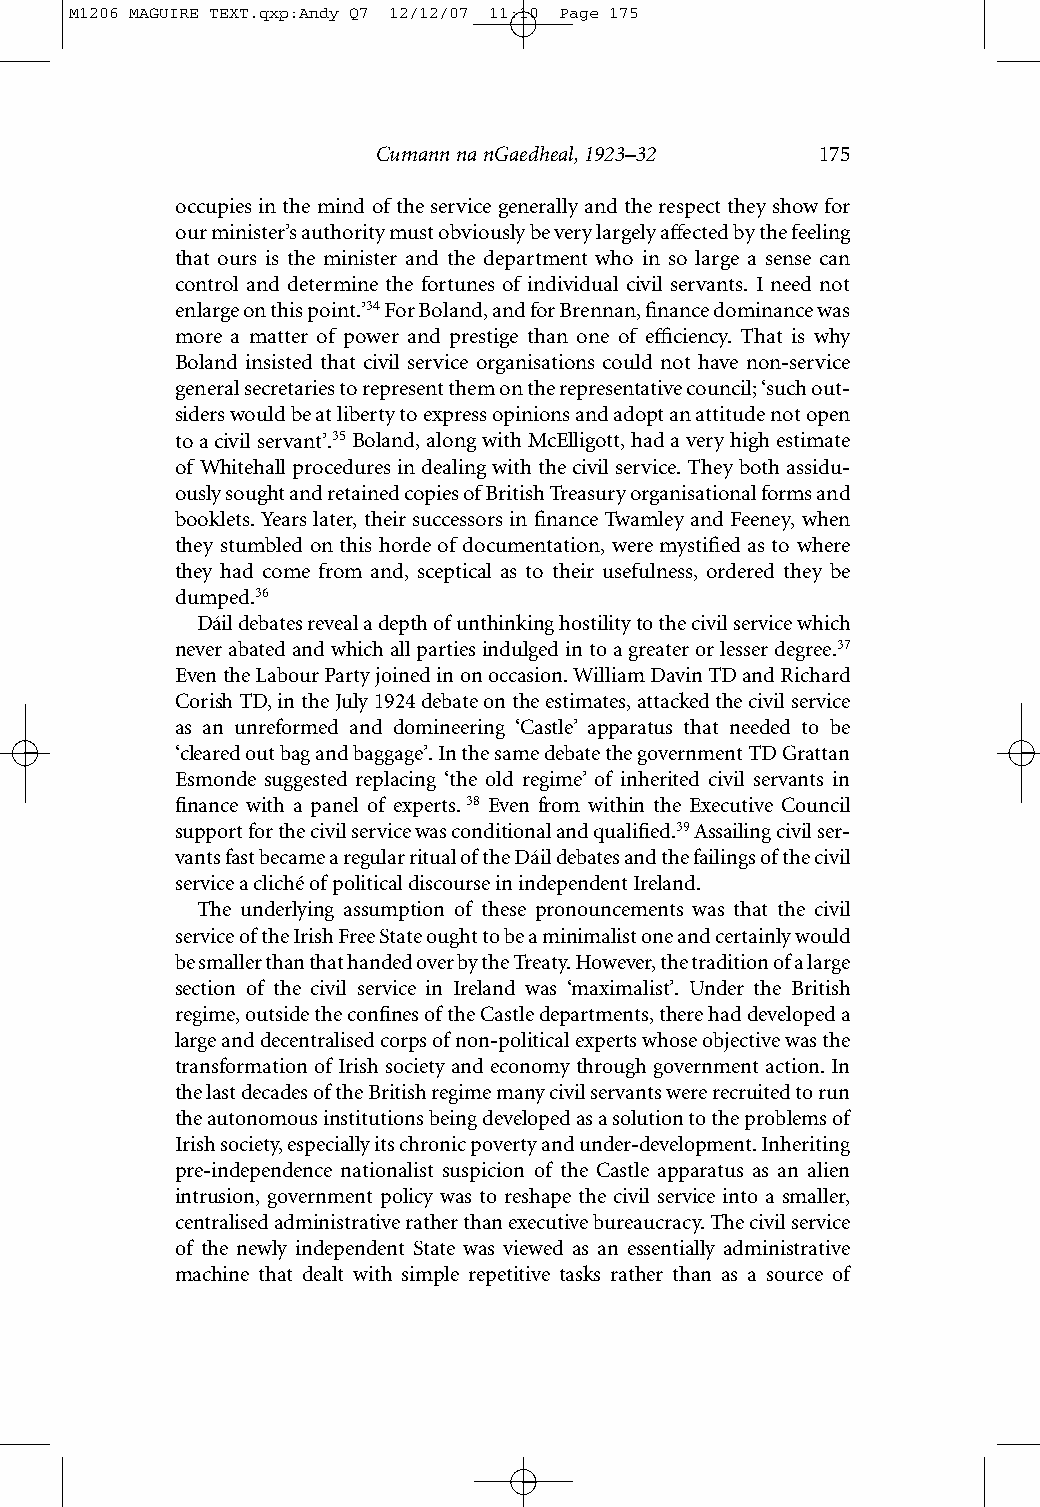
M1206 MAGUIRE TEXT.qxp:Andy Q7 12/12/07 11:10 Page 175
 Cumann na nGaedheal, 1923–32 175
 occupies in the mind of the service generally and the respect they show for
 our minister’s authority must obviously be very largely affected by the feeling
 that ours is the minister and the department who in so large a sense can
 control and determine the fortunes of individual civil servants. I need not
 enlarge on this point.’34For Boland, and for Brennan, finance dominance was
 more a matter of power and prestige than one of efficiency. That is why
 Boland insisted that civil service organisations could not have non-service
 general secretaries to represent them on the representative council; ‘such out-
 siders would be at liberty to express opinions and adopt an attitude not open
 to a civil servant’.35Boland, along with McElligott, had a very high estimate
 of Whitehall procedures in dealing with the civil service. They both assidu-
 ously sought and retained copies of British Treasury organisational forms and
 booklets. Years later, their successors in finance Twamley and Feeney, when
 they stumbled on this horde of documentation, were mystified as to where
 they had come from and, sceptical as to their usefulness, ordered they be
 dumped.36
 Dáil debates reveal a depth of unthinking hostility to the civil service which
 never abated and which all parties indulged in to a greater or lesser degree.37
 Even the Labour Party joined in on occasion. William Davin TD and Richard
 Corish TD, in the July 1924 debate on the estimates, attacked the civil service
 as an unreformed and domineering ‘Castle’ apparatus that needed to be
 ‘cleared out bag and baggage’. In the same debate the government TD Grattan
 Esmonde suggested replacing ‘the old regime’ of inherited civil servants in
 finance with a panel of experts.38 Even from within the Executive Council
 support for the civil service was conditional and qualified.39Assailing civil ser-
 vants fast became a regular ritual of the Dáil debates and the failings of the civil
 service a cliché of political discourse in independent Ireland.
 The underlying assumption of these pronouncements was that the civil
 service of the Irish Free State ought to be a minimalist one and certainly would
 be smaller than that handed over by the Treaty. However, the tradition of a large
 section of the civil service in Ireland was ‘maximalist’. Under the British
 regime, outside the confines of the Castle departments, there had developed a
 large and decentralised corps of non-political experts whose objective was the
 transformation of Irish society and economy through government action. In
 the last decades of the British regime many civil servants were recruited to run
 the autonomous institutions being developed as a solution to the problems of
 Irish society, especially its chronic poverty and under-development. Inheriting
 pre-independence nationalist suspicion of the Castle apparatus as an alien
 intrusion, government policy was to reshape the civil service into a smaller,
 centralised administrative rather than executive bureaucracy. The civil service
 of the newly independent State was viewed as an essentially administrative
 machine that dealt with simple repetitive tasks rather than as a source of